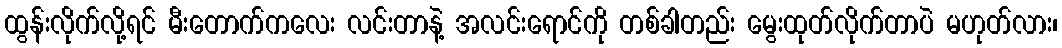
ထွန်းလိုက်လို့ရင် မီးတောက်ကလေး လင်းတာနဲ့ အလင်းရောင်ကို တစ်ခါတည်း မွေးထုတ်လိုက်တာပဲ မဟုတ်လား၊